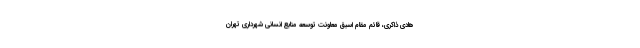
هادی ذاکری، قائم مقام اسبق معاونت توسعه منابع انسانی شهرداری تهران